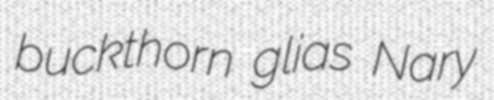
buckthorn glias Nary